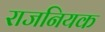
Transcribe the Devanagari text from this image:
राजनियक